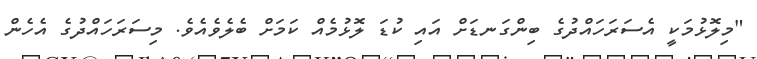
"މިލޮޅުމަކީ އެސަރަހައްދުގެ ބިންގަނޑަށް އައި ކުޑަ ލޮޅުމެއް ކަމަށް ބެލެވެއެވެ. މިސަރަހައްދުގެ އެހެން